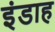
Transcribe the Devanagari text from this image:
इंडाह